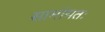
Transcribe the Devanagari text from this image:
सामांयतः